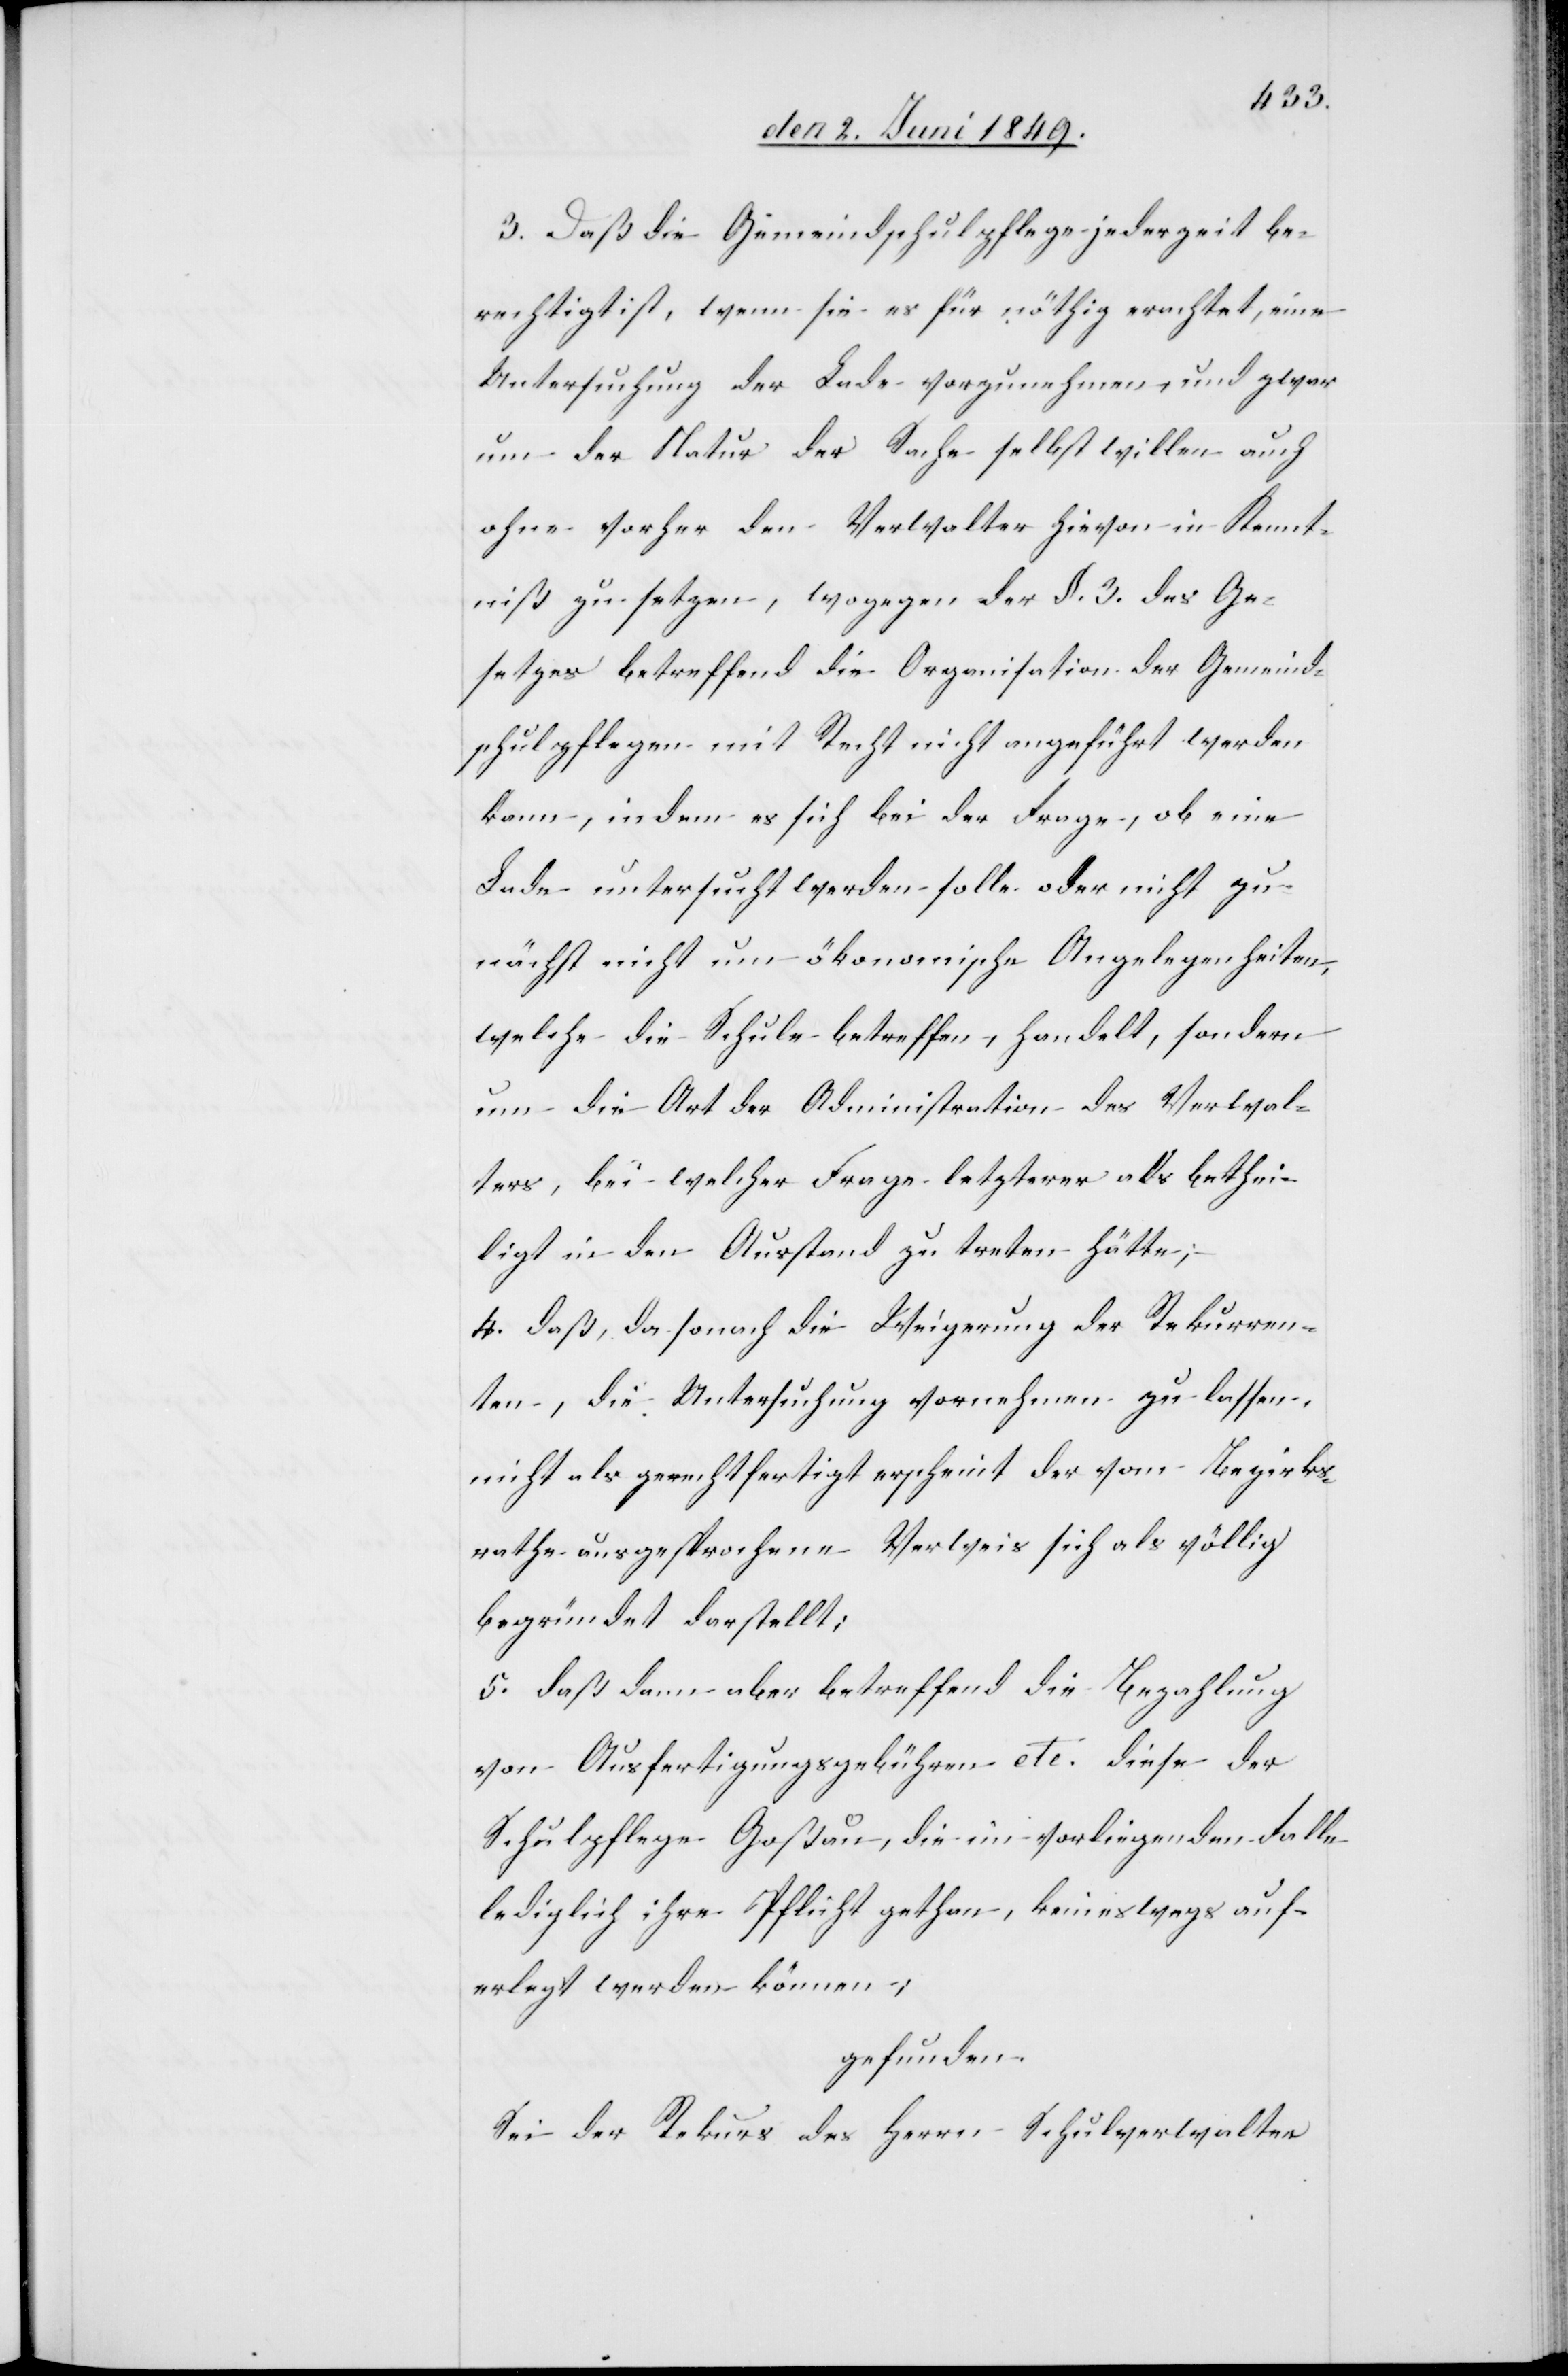
3. Daß die Gemeindschulpflege jederzeit be¬
rechtigt ist, wenn sie es für nöthig erachtet, eine
Untersuchung der Lade vorzunehmen, und zwar
um der Natur der Sache selbst willen auch
ohne vorher den Verwalter hievon in Kennt¬
niß zu setzen, wogegen der §. 3. des Ge¬
setzes betreffend die Organisation der Gemeind¬
schulpflegen mit Recht nicht angeführt werden
kann, indem es sich bei der Frage, ob eine
Lade untersucht werden solle oder nicht zu¬
nächst nicht um ökonomische Angelegenheiten,
welche die Schule betreffen, handelt, sondern
um die Art der Administration des Verwal¬
ters, bei welcher Frage letzterer als bethei¬
ligt in den Ausstand zu treten hätte;
4. daß, da sonach die Weigerung der Rekurren¬
ten, die Untersuchung vornehmen zu lassen,
nicht als gerechtfertigt erscheint der vom Bezirks¬
rathe ausgesprochene Verweis sich als völlig
begründet darstellt;
5. daß dann aber betreffend die Bezahlung
von Ausfertigungsgebühren etc. diese der
Schulpflege Goßau, die im vorliegenden Falle
lediglich ihre Pflicht gethan, keineswegs auf¬
erlegt werden können;
gefunden.
Sei der Rekurs des Herrn Schulverwalter